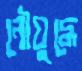
নৌযুদ্ধে